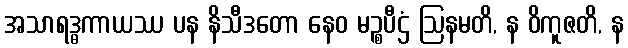
အသာရဒ္ဓကာယဿ ပန နိသီဒတော နေဝ မဉ္စပီဌံ ဩနမတိ, န ဝိကူဇတိ, န